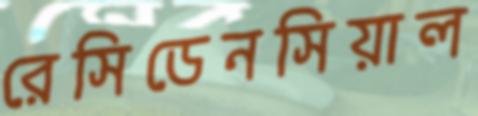
রেসিডেনসিয়াল